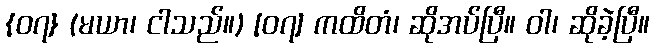
{၀၇} (မယာ၊ ငါသည်။) [၀၇] ကထိတံ၊ ဆိုအပ်ပြီ။ ဝါ၊ ဆိုခဲ့ပြီ။